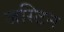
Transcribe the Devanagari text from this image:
जस्‍टिन